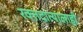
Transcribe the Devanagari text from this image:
रक्तदात्यालाही